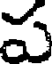
ప